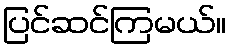
ပြင်ဆင်ကြမယ်။